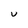
Character: U